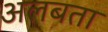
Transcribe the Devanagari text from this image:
अलबता